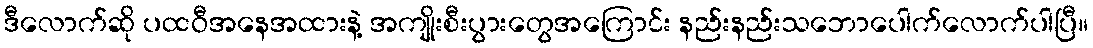
ဒီလောက်ဆို ပထဝီအနေအထားနဲ့ အကျိုးစီးပွားတွေအကြောင်း နည်းနည်းသဘောပေါက်လောက်ပါပြီ။